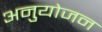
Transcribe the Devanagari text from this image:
अनुयोजन